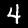
Label: 4